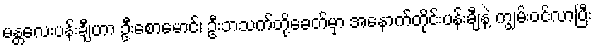
မန္တလေးပန်းချီဟာ ဦးစောမောင်၊ ဦးဘသက်တို့ခေတ်မှာ အနောက်တိုင်းပန်းချီနဲ့ ကျွမ်းဝင်လာပြီး